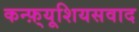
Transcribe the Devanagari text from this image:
कन्फ़्यूशियसवाद